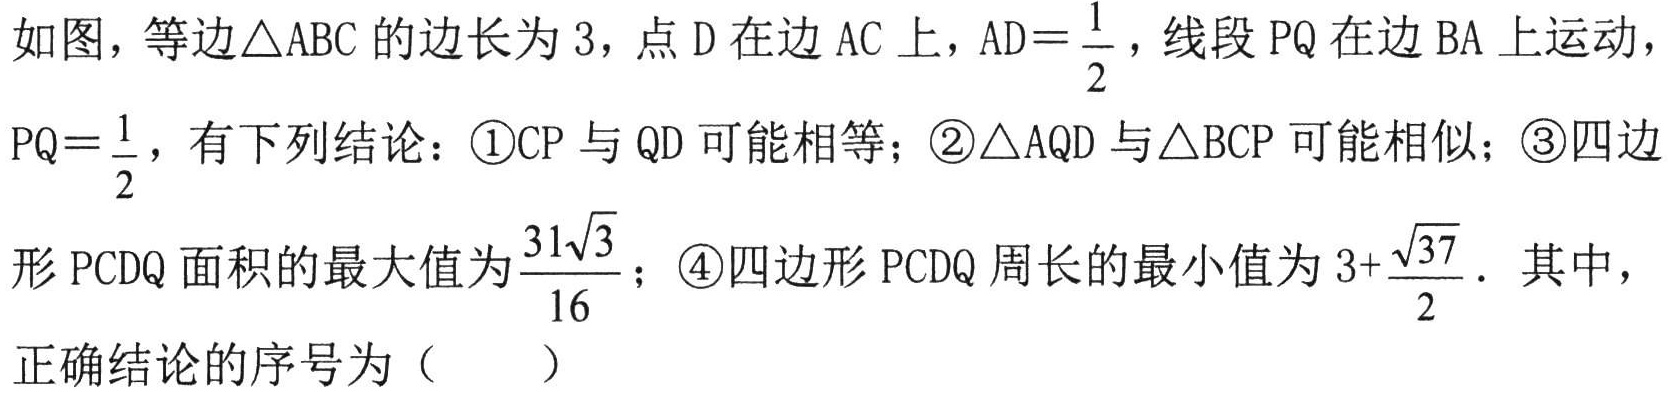
如图，等边\(\triangle ABC\)的边长为\(3\)，点\(D\)在边\(AC\)上，\(AD = \frac{1}{2}\)，线段\(PQ\)在边\(BA\)上运动，\(PQ=\frac{1}{2}\)，有下列结论：\textcircled{1}\(CP\)与\(QD\)可能相等；\textcircled{2}\(\triangle AQD\)与\(\triangle BCP\)可能相似；\textcircled{3}四边形\(PCDQ\)面积的最大值为\(\frac{31\sqrt{3}}{16}\)；\textcircled{4}四边形\(PCDQ\)周长的最小值为\(3 + \frac{\sqrt{37}}{2}\)．其中，正确结论的序号为（  ）